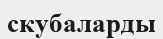
скубаларды